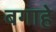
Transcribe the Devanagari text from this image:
बगाहे